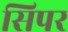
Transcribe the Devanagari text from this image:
सिपर